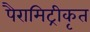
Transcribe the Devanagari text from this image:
पैरामिट्रीकृत